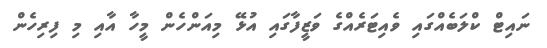
ނައިޓް ކްލަބެއްގައި ވެއިޓަރެއްގެ ވަޒީފާގައި އުޅޭ މިއަންހެން މީހާ އާއި މި ފިރިހެން